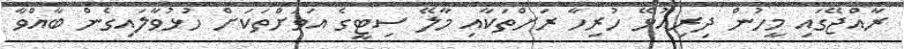
ރާއްޖޭގައި މީހުން ދިރިއުޅޭ ހުރިހާ ރަށްތަކާއި މާލޭ ސިޓީގެ އަވަށްތަކަށް ހުޅުވާލައިގެން ބާއްވާ